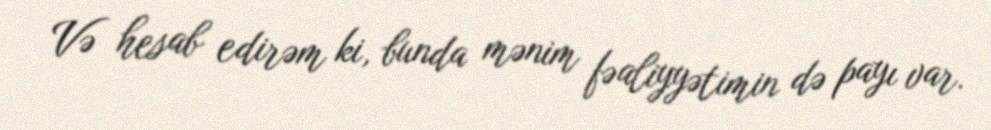
Və hesab edirəm ki, bunda mənim fəaliyyətimin də payı var.